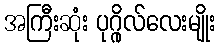
အကြီးဆုံး ပုဂ္ဂိုလ်လေးမျိုး